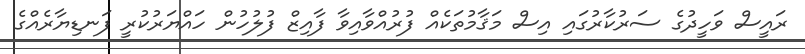
ރައީސް ވަހީދުގެ ސަރުކާރުގައި އިސް މަޤާމުތަކެއް ފުރުއްވާއިވާ ފާއިޒް ފުލުހުން ހައްޔަރުކުރީ ފަނޑިޔާރެއްގެ